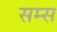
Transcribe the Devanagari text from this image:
सम्स